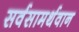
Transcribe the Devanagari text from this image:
सर्वसामर्थवान